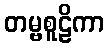
တမ္ဗစူဠိကာ